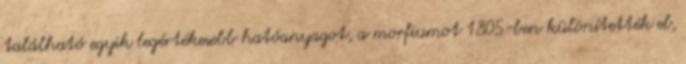
található egyik legértékesebb hatóanyagot, a morfiumot 1805-ben különítették el,